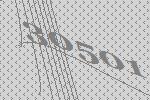
30501